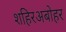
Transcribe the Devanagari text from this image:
शहिरअबोहर